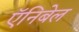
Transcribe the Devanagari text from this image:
ऍनिबेल